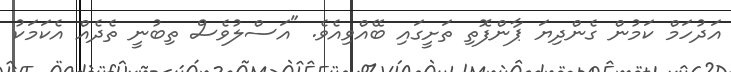
އަދުހަމް ކަމުން ގެންދިޔަ ޕާންފޮތި ތަށީގައި ބޭއްވިއެވެ. "އަސްލުވެސް ތިބުނީ ތެދެއް އެކަމަކު